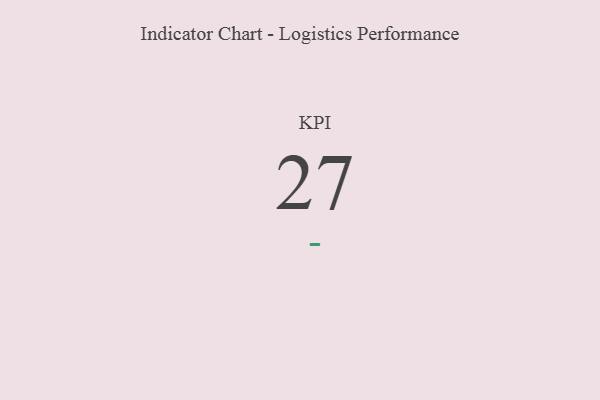
{"axis": {"x": "KPI", "y": "Value"}, "legend": [""], "data": [{"x": "KPI", "y": 27, "type": ""}]}